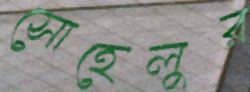
সোহেলুর